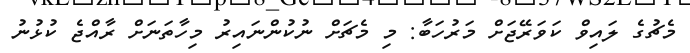
މެޗުގެ ލައިވް ކަވަރޭޖަށް މަރުހަބާ: މި މެޗަށް ނުކުންނައިރު މިހާތަނަށް ރާއްޖެ ކުޅުނު